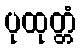
ပုထုတ္တံ